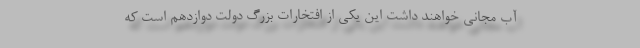
آب مجانی خواهند داشت این یکی از افتخارات بزرگ دولت دوازدهم است که